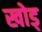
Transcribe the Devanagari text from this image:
खोड्